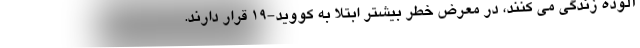
آلوده زندگی می کنند، در معرض خطر بیشتر ابتلا به کووید-۱۹ قرار دارند.